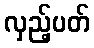
လှည့်ပတ်